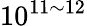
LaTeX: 10^{11\sim 12}